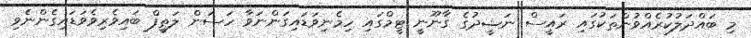
މި ބައްދަލުކުރެއްވުންތަކުގައި ރައީސް ނަޝީދުގެ ގާނޫނީ ޓީމްގައި ހިމެނިވަޑައިގަންނަވާ ހަސަން ލަތީފް ބައިވެރިވެވަޑައިގެންނެވި